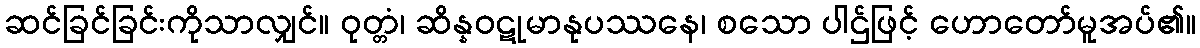
ဆင်ခြင်ခြင်းကိုသာလျှင်။ ဝုတ္တံ၊ ဆိန္နဝဋုမာနုပဿနေ၊ စသော ပါဌ်ဖြင့် ဟောတော်မူအပ်၏။